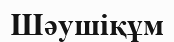
Шәушіқұм